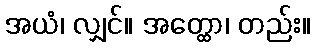
အယံ၊ လျှင်။ အတ္ထော၊ တည်း။